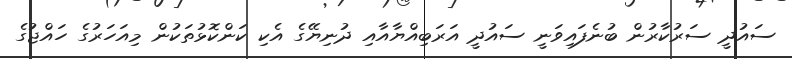
ސައުދީ ސަރުކާރުން ބުނެފައިވަނީ ސައުދީ އަރަބިއްޔާއާއި ދުނިޔޭގެ އެކި ކަންކޮޅުތަކުން މިއަހަރުގެ ހައްޖުގެ